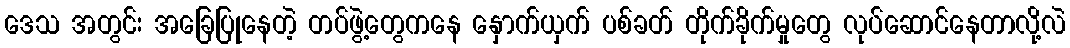
ဒေသ အတွင်း အခြေပြုနေတဲ့ တပ်ဖွဲ့တွေကနေ နှောက်ယှက် ပစ်ခတ် တိုက်ခိုက်မှုတွေ လုပ်ဆောင်နေတာလို့လဲ